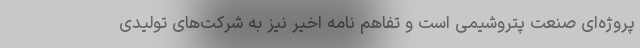
پروژه‌ای صنعت پتروشیمی است و تفاهم نامه اخیر نیز به شرکت‌های تولیدی